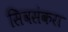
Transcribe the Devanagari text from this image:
सिवसंकरा